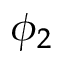
\phi _ { 2 }